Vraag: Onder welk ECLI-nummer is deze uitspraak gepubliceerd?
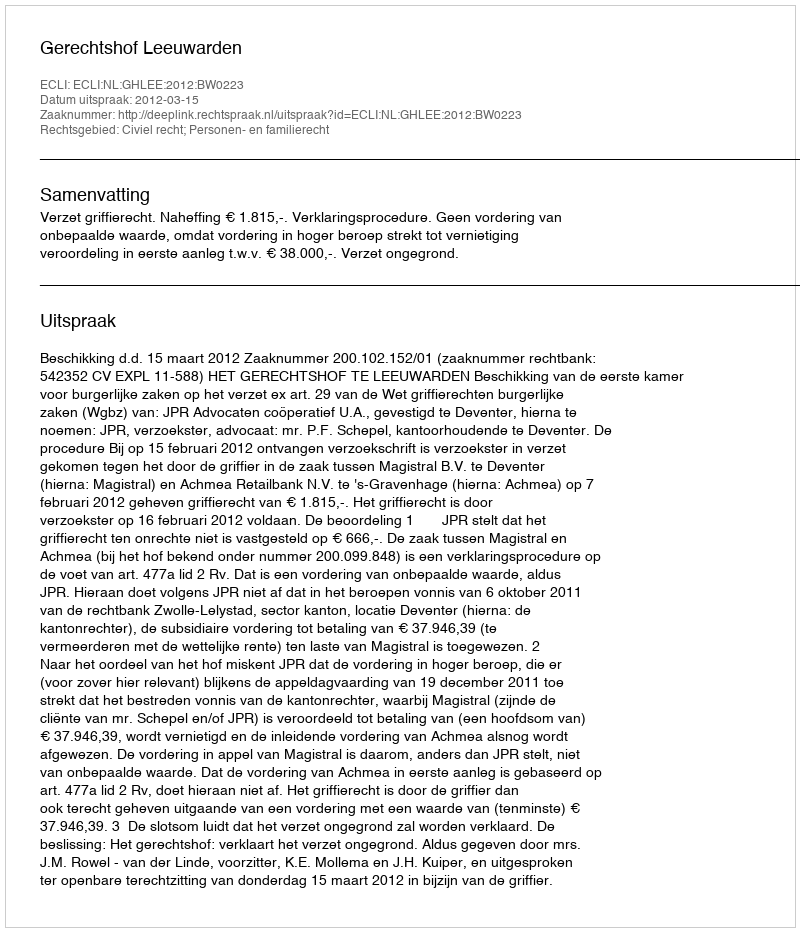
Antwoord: ECLI:NL:GHLEE:2012:BW0223